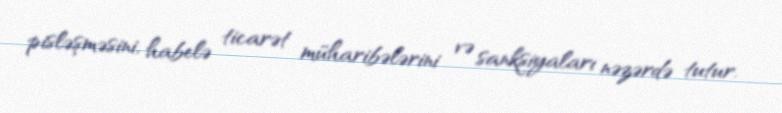
pisləşməsini, habelə ticarət müharibələrini və sanksiyaları nəzərdə tutur.